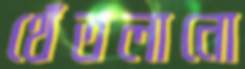
থেঁতলানো